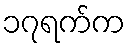
၁၇ရက်က